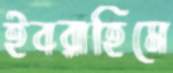
ইবরাহিমে